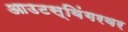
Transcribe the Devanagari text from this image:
आउटस्विंगरवर